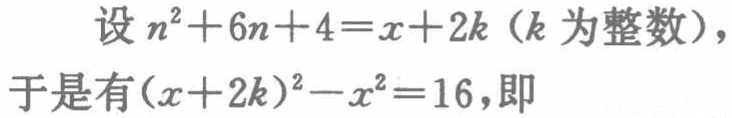
设 \(n^{2}+6n + 4=x + 2k\)（\(k\) 为整数），
于是有\((x + 2k)^{2}-x^{2}=16\)，即